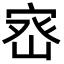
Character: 𭓽